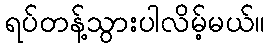
ရပ်တန့်သွားပါလိမ့်မယ်။